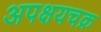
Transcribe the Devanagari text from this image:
अपक्षयचक्र